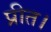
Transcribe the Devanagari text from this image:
प्रीत।